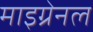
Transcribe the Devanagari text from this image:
माइग्रेनल